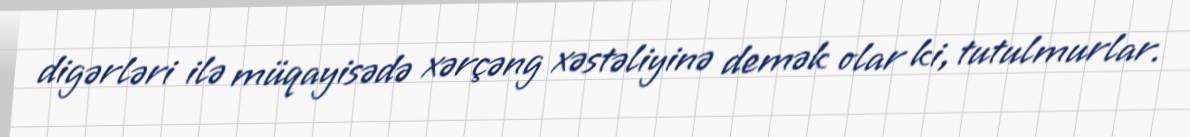
digərləri ilə müqayisədə xərçəng xəstəliyinə demək olar ki, tutulmurlar.